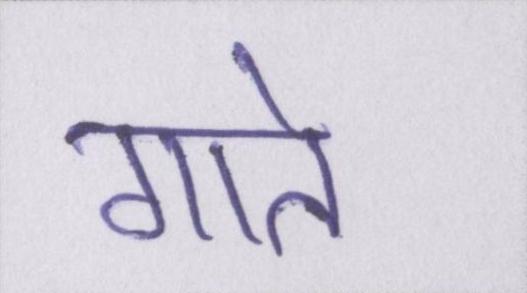
गाते